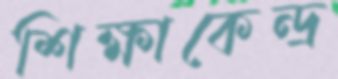
শিক্ষাকেন্দ্র